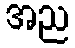
အည